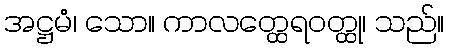
အဋ္ဌမံ၊ သော။ ကာလတ္ထေရဝတ္ထု၊ သည်။